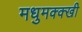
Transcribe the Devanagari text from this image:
मधुमक्क्खी